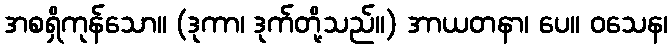
အစရှိကုန်သော။ (ဒုကာ၊ ဒုက်တို့သည်။) အာယတနာ၊ ပေ။ ဝသေန၊